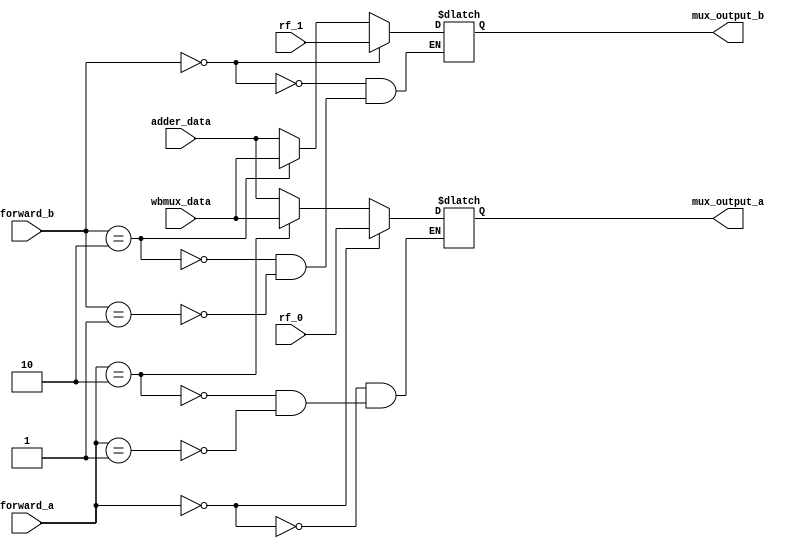
module branch_mux(input [1:0] forward_a,
                  input [1:0] forward_b,
                  input [15:0] rf_0,
                  input [15:0] rf_1,
                  input [15:0] adder_data,
                  input [15:0] wbmux_data,
                  output reg [15:0] mux_output_a,
                  output reg [15:0] mux_output_b);
                  
always@( * )
begin
if ( forward_a == 1 )
    mux_output_a = adder_data;
if ( forward_a == 2 )
    mux_output_a = wbmux_data;
if ( forward_a == 0 )
    mux_output_a = rf_0;
if (forward_b == 1 )
    mux_output_b = adder_data;
if ( forward_b == 2 )
    mux_output_b = wbmux_data;
if ( forward_b == 0 )
    mux_output_b = rf_1; 
end

endmodule